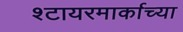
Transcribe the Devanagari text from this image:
श्टायरमार्काच्या